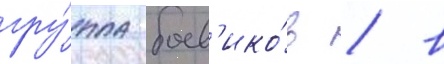
гру́ппа боев'ико́в / в